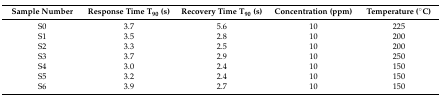
<table><thead><tr><td><b>Sample Number</b></td><td><b>Response Time T<sub>90</sub> (s)</b></td><td><b>Recovery Time T<sub>90</sub> (s)</b></td><td><b>Concentration (ppm)</b></td><td><b>Temperature (°C)</b></td></tr></thead><tbody><tr><td>S0</td><td>3.7</td><td>5.6</td><td>10</td><td>225</td></tr><tr><td>S1</td><td>3.5</td><td>2.8</td><td>10</td><td>200</td></tr><tr><td>S2</td><td>3.3</td><td>2.5</td><td>10</td><td>200</td></tr><tr><td>S3</td><td>3.7</td><td>2.9</td><td>10</td><td>250</td></tr><tr><td>S4</td><td>3.0</td><td>2.4</td><td>10</td><td>150</td></tr><tr><td>S5</td><td>3.2</td><td>2.4</td><td>10</td><td>150</td></tr><tr><td>S6</td><td>3.9</td><td>2.7</td><td>10</td><td>150</td></tr></tbody></table>